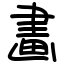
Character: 畵